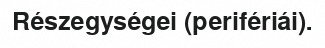
Részegységei (perifériái).